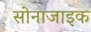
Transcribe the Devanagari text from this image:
सोनाजाइक